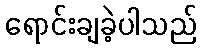
ရောင်းချခဲ့ပါသည်